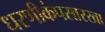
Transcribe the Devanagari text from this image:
धरणीकंपसारखा